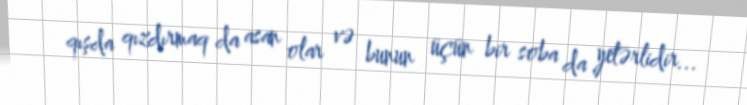
qışda qızdırmaq da asan olar və bunun üçün bir soba da yetərlidir...